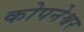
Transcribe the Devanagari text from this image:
कोपनेश्वर